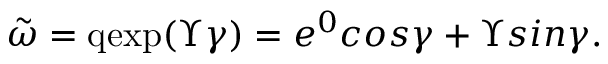
\tilde { \omega } = \mathrm { q e x p } ( \Upsilon \gamma ) = e ^ { 0 } c o s \gamma + \Upsilon s i n \gamma .